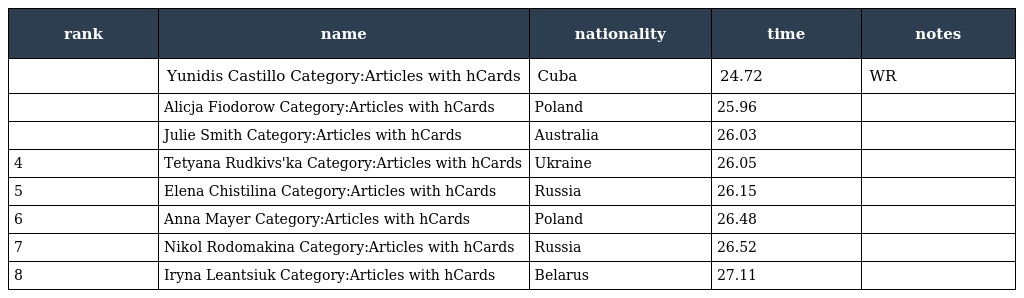
| rank | name | nationality | time | notes |
 | --- | --- | --- | --- | --- |
 |  | Yunidis Castillo Category:Articles with hCards | Cuba | 24.72 | WR |
 |  | Alicja Fiodorow Category:Articles with hCards | Poland | 25.96 |  |
 |  | Julie Smith Category:Articles with hCards | Australia | 26.03 |  |
 | 4 | Tetyana Rudkivs'ka Category:Articles with hCards | Ukraine | 26.05 |  |
 | 5 | Elena Chistilina Category:Articles with hCards | Russia | 26.15 |  |
 | 6 | Anna Mayer Category:Articles with hCards | Poland | 26.48 |  |
 | 7 | Nikol Rodomakina Category:Articles with hCards | Russia | 26.52 |  |
 | 8 | Iryna Leantsiuk Category:Articles with hCards | Belarus | 27.11 |  |